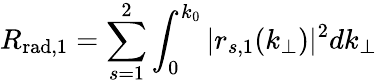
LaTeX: R_{\mathrm{rad},1}=\sum_{s=1}^{2}\int_{0}^{k_{0}}|r_{s,1}(k_{\perp})|^{2}dk_{\perp}